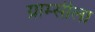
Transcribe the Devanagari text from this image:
ग्राम्सीला